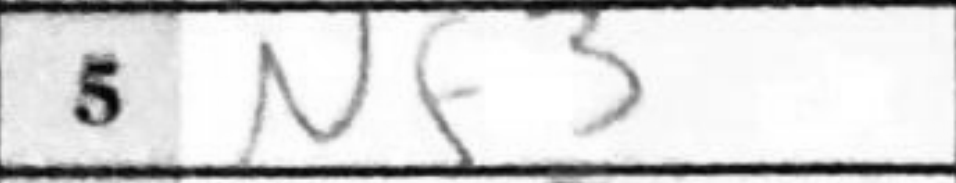
Transcription: Nf3